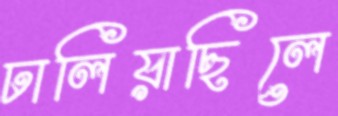
ঢালিয়াছিলে